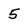
Character: 5